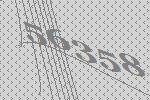
56358